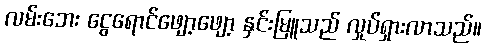
လမ်းဘေး ငွေရောင်ဖျော့ဖျော့ နှင်းမြူသည် လှုပ်ရှားလာသည်။